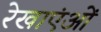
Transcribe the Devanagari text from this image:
रेखाएंओं